Plague in India, 1896, 1897 - Volume 1
Year: 1896
Disease focus: Plague
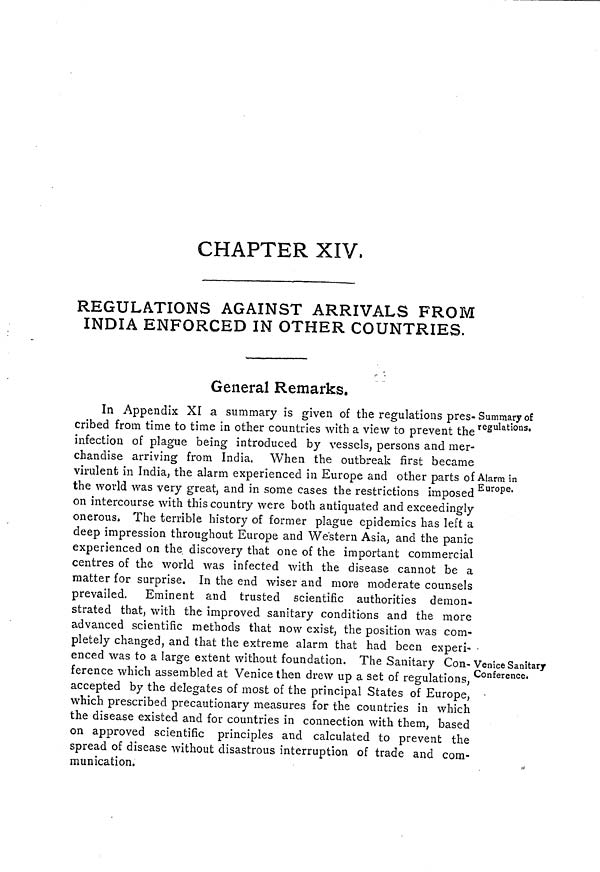
CHAPTER XIV,
REGULATIONS AGAINST ARRIVALS FROM
INDIA ENFORCED IN OTHER COUNTRIES.
General Remarks.
Summary of
regulations.
In Appendix XI a summary is given of the regulations pres-
cribed from time to time in other countries with a view to prevent the
infection of plague being introduced by vessels, persons and mer-
chandise arriving from India. When the outbreak first became
Alarm in
Europe.
virulent in India, the alarm experienced in Europe and other parts of
the world was very great, and in some cases the restrictions imposed
on intercourse with this country were both antiquated and exceedingly
onerous. The terrible history of former plague epidemics has left a
deep impression throughout Europe and Western Asia, and the panic
experienced on the discovery that one of the important commercial
centres of the world was infected with the disease cannot be a
matter for surprise. In the end wiser and more moderate counsels
prevailed. Eminent and trusted scientific authorities demon-
strated that, with the improved sanitary conditions and the more
advanced scientific methods that now exist, the position was com-
pletely changed, and that the extreme alarm that had been experi-
Venice Sanitary
Conference.
enced was to a large extent without foundation. The Sanitary Con-
ference which assembled at Venice then drew up a set of regulations,
accepted by the delegates of most of the principal States of Europe,
which prescribed precautionary measures for the countries in which
the disease existed and for countries in connection with them, based
on approved scientific principles and calculated to prevent the
spread of disease without disastrous interruption of trade and com-
munication.